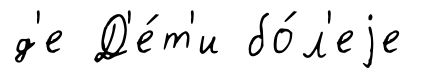
д'е Д'е́т'и бо́л'еjе